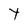
Character: Y